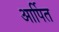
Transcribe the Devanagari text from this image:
आर्पित